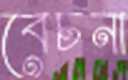
বেচনা